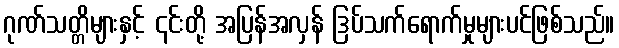
ဂုဏ်သတ္တိများနှင့် ၎င်းတို့ အပြန်အလှန် ဒြပ်သက်ရောက်မှုများပင်ဖြစ်သည်။